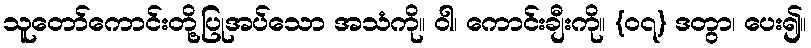
သူတော်ကောင်းတို့ပြုအပ်သော အသံကို။ ဝါ၊ ကောင်းချီးကို။ {၀၇} ဒတွာ၊ ပေး၍။